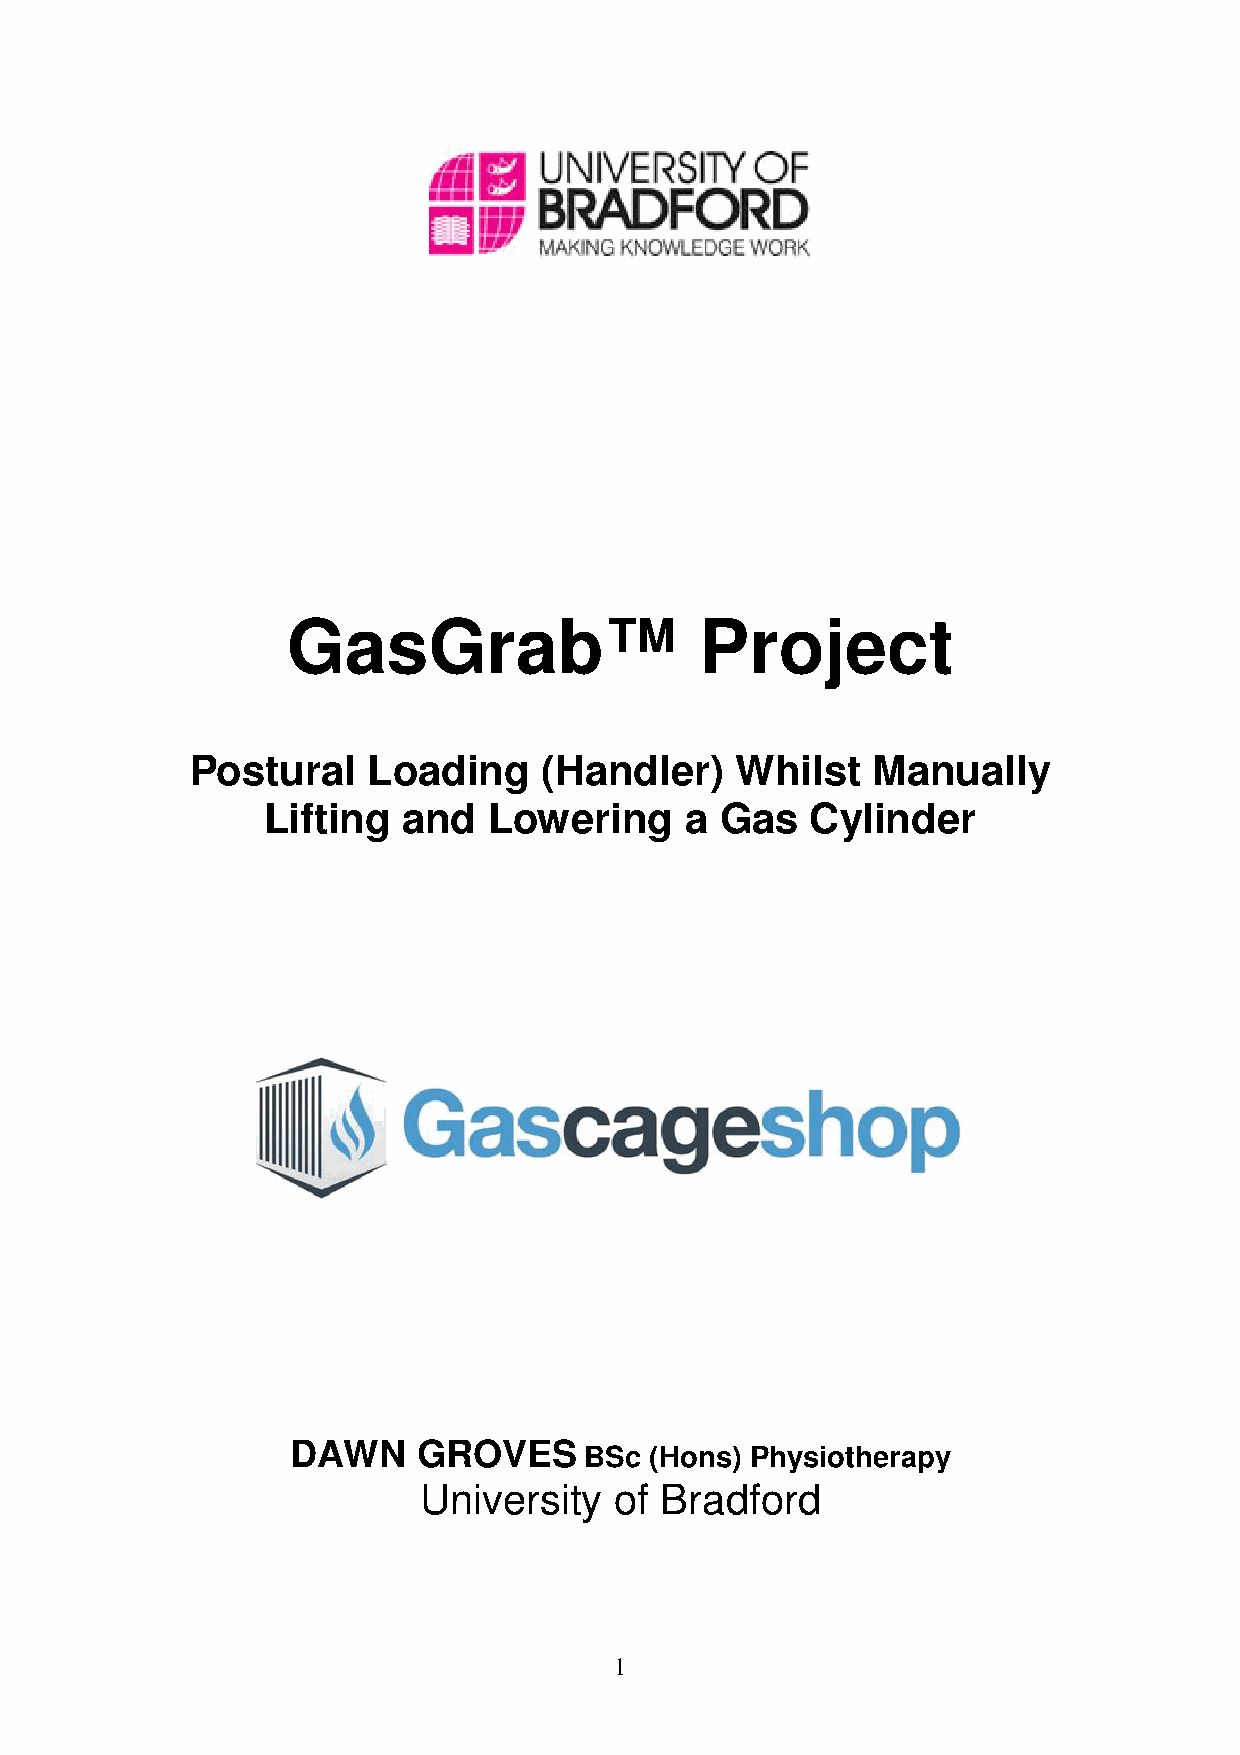
DRAFT     VERSION
 GasGrab™                   Project
 Postural   Loading     (Handler)    Whilst   Manually
 Lifting   and  Lowering     a  Gas   Cylinder
 Conducted    For:
 DAWN     GROVES
 BSc (Hons) Physiotherapy
 University   of Bradford
 1